65_HS1-834228961_62-HQ-83894_Section_5
Agency: FBI
Page 58
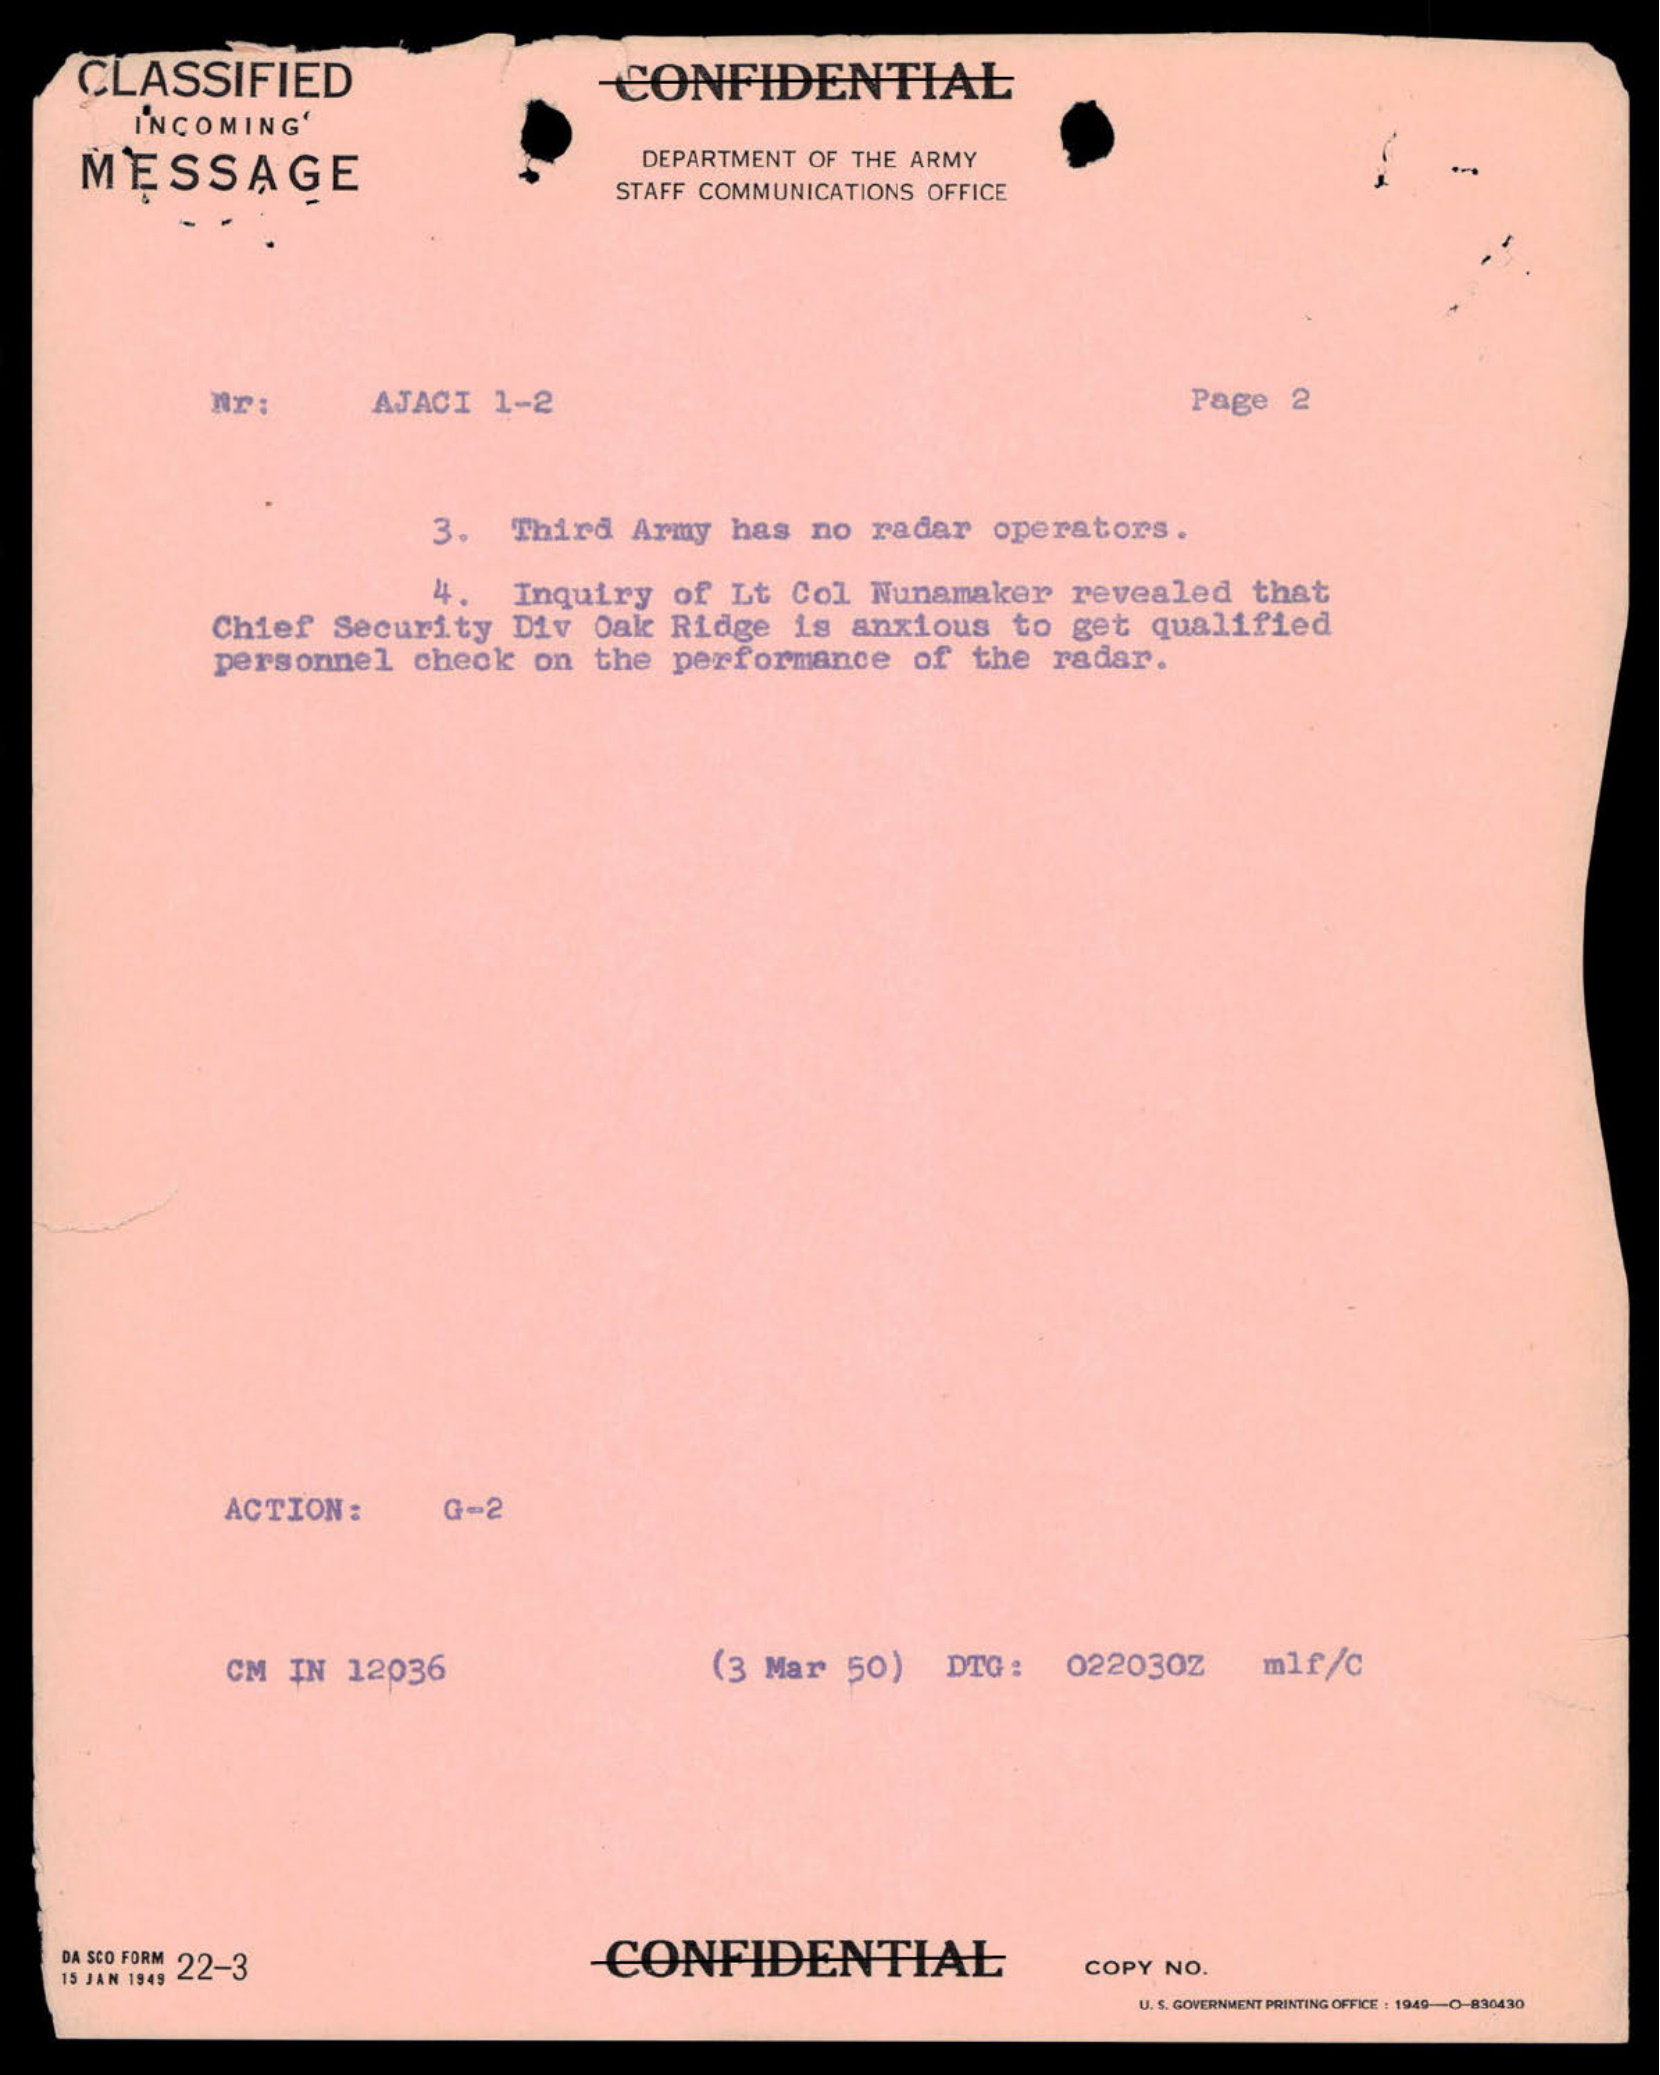